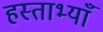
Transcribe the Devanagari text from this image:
हस्ताभ्याँ